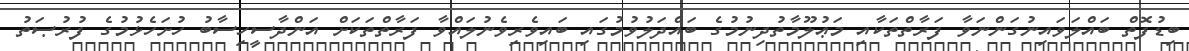
ބިޑުފޮތް ބައްލަވައިނުގަންނަވާ ފަރާތްތަކާއި މަޢުލޫމާތުދިނުމުގެ ބައްދަލުވުމުގައި ބައިވެރިވެނުލައްވާ ފަރާތްތަކަށް އަންދާސީހިސާބު ހުށަހެޅުމުގެ ފުރުޞަތު